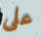
على